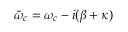
\tilde { \omega } _ { c } = \omega _ { c } - i ( \beta + \kappa )